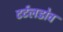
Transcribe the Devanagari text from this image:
टर्टलडोव